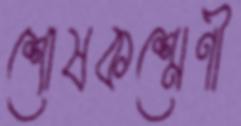
শোষকশ্রেণী